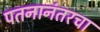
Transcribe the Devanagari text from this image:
पतनानंतरचा